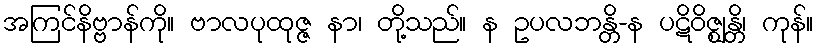
အကြင်နိဗ္ဗာန်ကို။ ဗာလပုထုဇ္ဇ နာ၊ တို့သည်။ န ဥပလဘန္တိ-န ပဋိဝိဇ္ဈန္တိ၊ ကုန်။